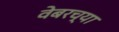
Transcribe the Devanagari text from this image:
वेबरच्या